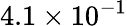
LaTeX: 4.1\times 10^{-1}